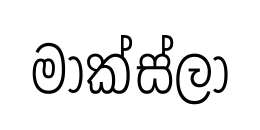
මාක්ස්ලා